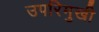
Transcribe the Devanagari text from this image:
उपरिमुखी